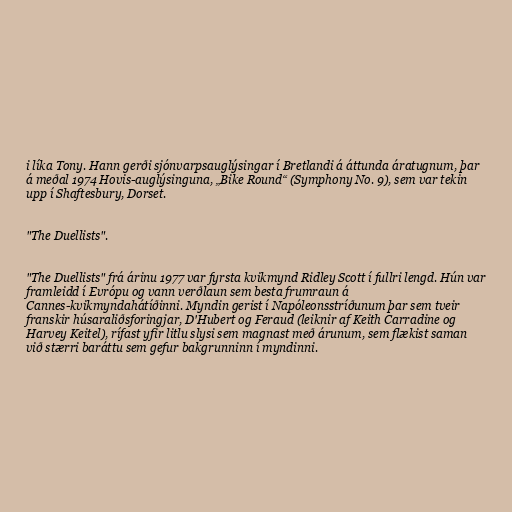
i líka Tony. Hann gerði sjónvarpsauglýsingar í Bretlandi á áttunda áratugnum, þar
á meðal 1974 Hovis-auglýsinguna, „Bike Round“ (Symphony No. 9), sem var tekin
upp í Shaftesbury, Dorset.

"The Duellists".

"The Duellists" frá árinu 1977 var fyrsta kvikmynd Ridley Scott í fullri lengd. Hún var
framleidd í Evrópu og vann verðlaun sem besta frumraun á
Cannes-kvikmyndahátíðinni. Myndin gerist í Napóleonsstríðunum þar sem tveir
franskir húsaraliðsforingjar, D'Hubert og Feraud (leiknir af Keith Carradine og
Harvey Keitel), rífast yfir litlu slysi sem magnast með árunum, sem flækist saman
við stærri baráttu sem gefur bakgrunninn í myndinni.